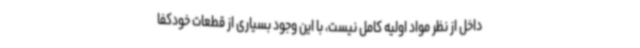
داخل از نظر مواد اولیه کامل نیست، با این وجود بسیاری از قطعات خودکفا